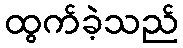
ထွက်ခဲ့သည်